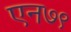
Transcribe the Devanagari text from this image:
एन७९